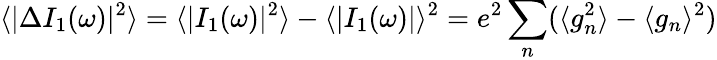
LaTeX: \langle|\Delta I_{1}(\omega)|^{2}\rangle=\langle|I_{1}(\omega)|^{2}\rangle-\langle|I_{1}(\omega)|\rangle^{2}=e^{2}\sum_{n}(\langle g_{n}^{2}\rangle-\langle g_{n}\rangle^{2})